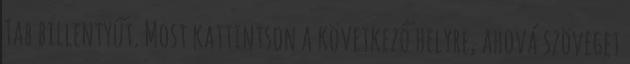
Tab billentyűt. Most kattintson a következő helyre, ahová szöveget